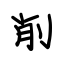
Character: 削